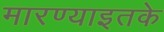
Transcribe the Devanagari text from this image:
मारण्याइतके